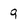
Character: 9